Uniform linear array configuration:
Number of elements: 4
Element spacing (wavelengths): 0.25
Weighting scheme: hamming
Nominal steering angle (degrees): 30
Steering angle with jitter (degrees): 31.577
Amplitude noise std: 0.05
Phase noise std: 0.05

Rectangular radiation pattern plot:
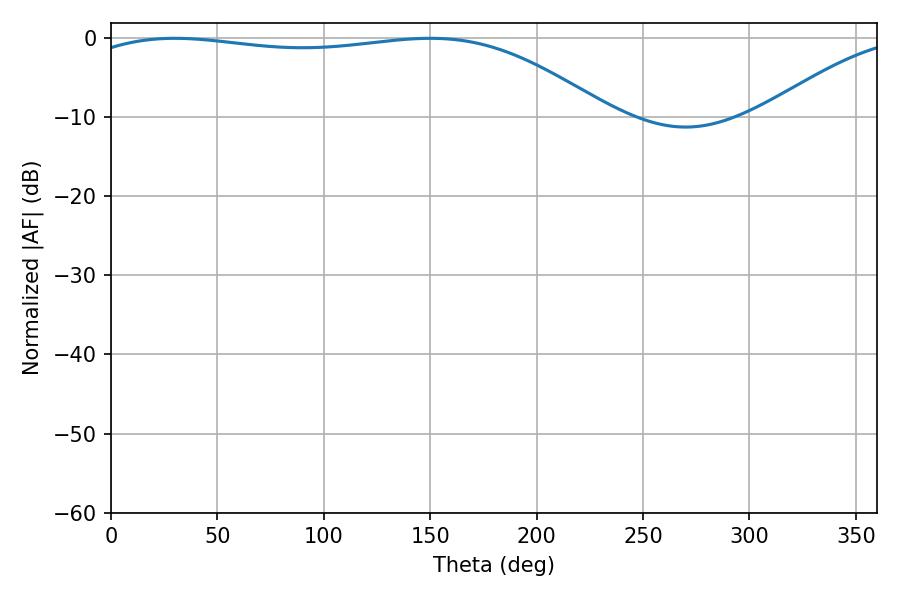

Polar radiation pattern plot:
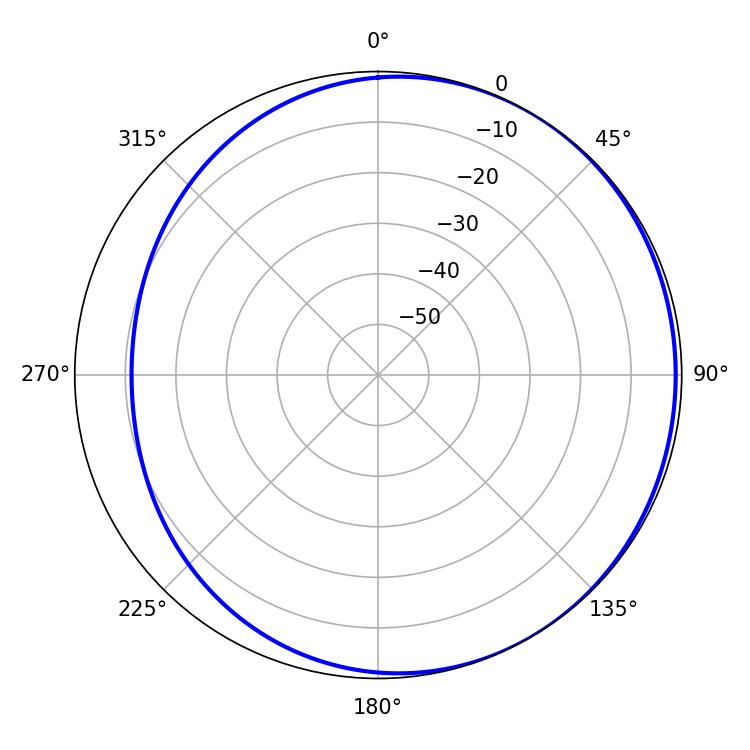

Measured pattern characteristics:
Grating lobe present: FALSE
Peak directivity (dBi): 1.612
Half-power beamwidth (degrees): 197.1
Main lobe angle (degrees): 30.06